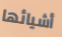
أشيائها